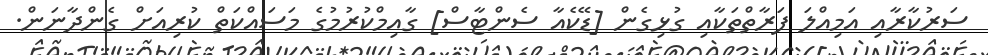
ސަރުކާރާއި އަމިއްލަ ފަރާތްތަކާއި ގުޅިގެން [ޑޭކެއާ ސެންޓާސް] ގާއިމްކުރުމުގެ މަސައްކަތް ކުރިއަށް ގެންދާނަން.